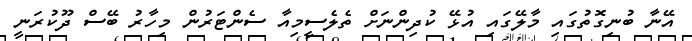
އޭނާ ބުނިގޮތުގައި މާލޭގައި އުޅޭ ކުދިންނަށް ތެލެސީމިއާ ސެންޓަރުން މިހާރު ބޭސް ދޫކުރަނީ